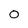
Character: 0